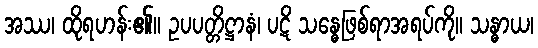
အဿ၊ ထိုရဟန်း၏။ ဥပပတ္တိဋ္ဌာနံ၊ ပဋိ သန္ဓေဖြစ်ရာအရပ်ကို။ သန္ဓာယ၊